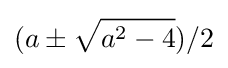
(a\pm {\sqrt {a^{2}-4}})/2